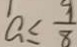
a \leq \frac { 9 } { 8 }